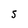
Character: 5